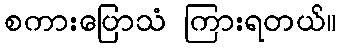
စကားပြောသံ ကြားရတယ်။